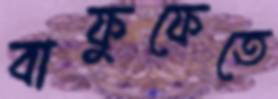
বাফুফেতে